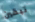
تبقين